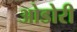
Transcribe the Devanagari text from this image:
ओडोरी